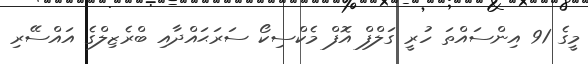
މީގެ 91 އިންސައްތަ ހުރީ ގަލްފް އޮފް މެކްސިކޯ ސަރަޙައްދާއި ބްރެޒިލްގެ އައްސޭރި